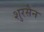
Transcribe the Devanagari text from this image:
शुरसैन